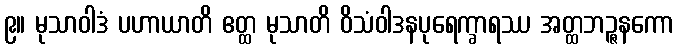
၉။ မုသာဝါဒံ ပဟာယာတိ ဧတ္ထ မုသာတိ ဝိသံဝါဒနပုရေက္ခာရဿ အတ္ထဘဉ္ဇနကော